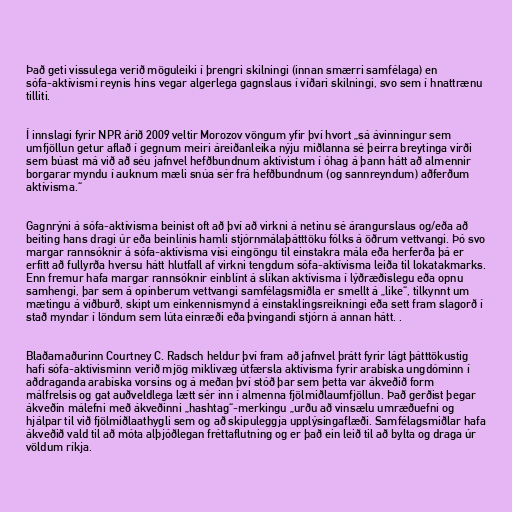
Það geti vissulega verið möguleiki í þrengri skilningi (innan smærri samfélaga) en
sófa-aktívismi reynis hins vegar algerlega gagnslaus í víðari skilningi, svo sem í hnattrænu
tilliti.

Í innslagi fyrir NPR árið 2009 veltir Morozov vöngum yfir því hvort „sá ávinningur sem
umfjöllun getur aflað í gegnum meiri áreiðanleika nýju miðlanna sé þeirra breytinga virði
sem búast má við að séu jafnvel hefðbundnum aktívistum í óhag á þann hátt að almennir
borgarar myndu í auknum mæli snúa sér frá hefðbundnum (og sannreyndum) aðferðum
aktívisma.“

Gagnrýni á sófa-aktívisma beinist oft að því að virkni á netinu sé árangurslaus og/eða að
beiting hans dragi úr eða beinlínis hamli stjórnmálaþátttöku fólks á öðrum vettvangi. Þó svo
margar rannsóknir á sófa-aktívisma vísi eingöngu til einstakra mála eða herferða þá er
erfitt að fullyrða hversu hátt hlutfall af virkni tengdum sófa-aktívisma leiða til lokatakmarks.
Enn fremur hafa margar rannsóknir einblínt á slíkan aktívisma í lýðræðislegu eða opnu
samhengi, þar sem á opinberum vettvangi samfélagsmiðla er smellt á „like“, tilkynnt um
mætingu á viðburð, skipt um einkennismynd á einstaklingsreikningi eða sett fram slagorð í
stað myndar í löndum sem lúta einræði eða þvingandi stjórn á annan hátt. .

Blaðamaðurinn Courtney C. Radsch heldur því fram að jafnvel þrátt fyrir lágt þátttökustig
hafi sófa-aktívisminn verið mjög miklivæg útfærsla aktívisma fyrir arabíska ungdóminn í
aðdraganda arabíska vorsins og á meðan því stóð þar sem þetta var ákveðið form
málfrelsis og gat auðveldlega lætt sér inn í almenna fjölmiðlaumfjöllun. Það gerðist þegar
ákveðin málefni með ákveðinni „hashtag“-merkingu „urðu að vinsælu umræðuefni og
hjálpar til við fjölmiðlaathygli sem og að skipuleggja upplýsingaflæði. Samfélagsmiðlar hafa
ákveðið vald til að móta alþjóðlegan fréttaflutning og er það ein leið til að bylta og draga úr
völdum ríkja.